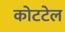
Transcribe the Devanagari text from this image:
कोटटेल